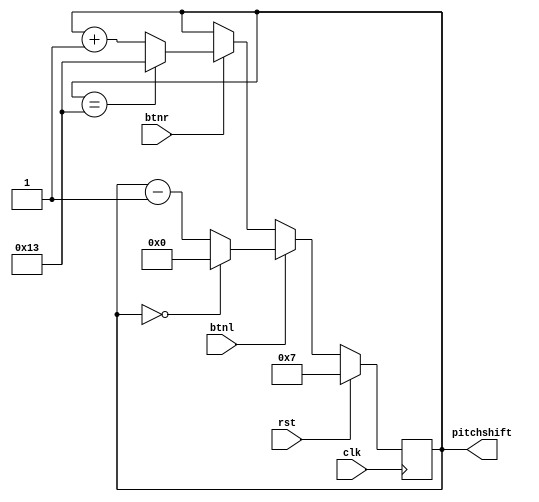
`timescale 1ns / 1ps
//////////////////////////////////////////////////////////////////////////////////
// Company: 
// Engineer: 
// 
// Design Name: 
// Module Name: pitchshifter
// Project Name: 
// Target Devices: 
// Tool Versions: 
// Description: 
// 
// Dependencies: 
// 
// Revision:
// Revision 0.01 - File Created
// Additional Comments:
// 
//////////////////////////////////////////////////////////////////////////////////


module pitchshifter(
input clk,
input btnl,
input btnr,
input rst,
output reg [4:0] pitchshift = 7
    );
    
    always @ (posedge clk) begin
        if (rst) pitchshift <= 7;
        else if (btnl) pitchshift <= pitchshift == 0 ? 0 : pitchshift - 1;
        else if (btnr) pitchshift <= pitchshift == 19 ? 19 : pitchshift + 1;
        else pitchshift <= pitchshift;
    end
    
endmodule